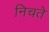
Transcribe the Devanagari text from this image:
निचते